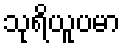
သုရိယူပမာ